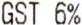
GST 6%